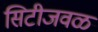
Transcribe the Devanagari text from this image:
सिटीजवळ